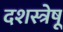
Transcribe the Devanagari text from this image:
दशस्त्रेषू